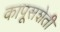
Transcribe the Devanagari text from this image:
कापूसशेती